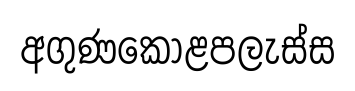
අගුණකොළපලැස්ස